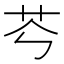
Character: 𦬉